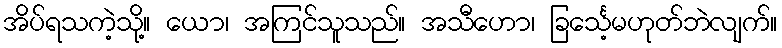
အိပ်ရသကဲ့သို့။ ယော၊ အကြင်သူသည်။ အသီဟော၊ ခြင်္သေ့မဟုတ်ဘဲလျက်။